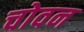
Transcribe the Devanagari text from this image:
चोवन